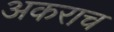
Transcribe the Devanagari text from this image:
अकराच